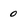
Character: 0